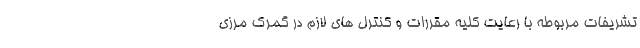
تشریفات مربوطه با رعایت کلیه مقررات و کنترل های لازم در گمرک مرزی